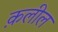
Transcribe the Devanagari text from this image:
क़लील